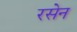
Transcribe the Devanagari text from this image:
रसेन